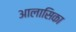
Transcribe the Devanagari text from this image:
आलासिका